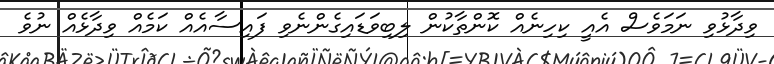
ވިދާޅުވި ނަމަވެސް އެއީ ކިހިނެއް ކޮންތާކުން ލިބިވަޑައިގެންނެވި ފައިސާއެއް ކަމެއް ވިދާޅެއް ނުވެ